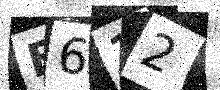
Text: F612